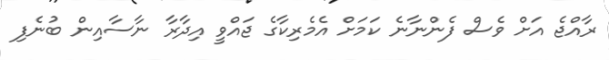
ރާއްޖެ އަށް ވެސް ފެންނާނެ ކަމަށް އެމެރިކާގެ ޖައްވީ އިދާރާ ނާސާއިން ބުނެފި